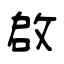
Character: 啟